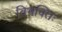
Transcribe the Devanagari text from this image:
विभक्तिः